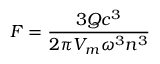
F = \frac { 3 Q c ^ { 3 } } { 2 \pi V _ { m } \omega ^ { 3 } n ^ { 3 } }